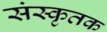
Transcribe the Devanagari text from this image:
संस्कृतक